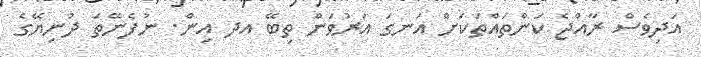
އަދިވެސް ރާއްޖެ ކަންތައްތަކަށް އަނގަ އަރުވަން ތިބޭ އދ އިން. ނުފެނޭތަ ދުނިޔޭގެ